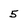
Character: 5